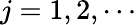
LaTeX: j=1,2,\cdots